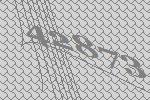
42873